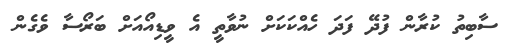
ސާބިތު ކުރާން ފުދޭ ފަދަ ހެއްކަކަށް ނުވާތީ އެ ވީޑިއޯއަށް ބަރޯސާ ވެގެން